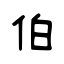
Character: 伯